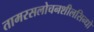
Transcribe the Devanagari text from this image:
तामरसलोचनशीलसिन्धो